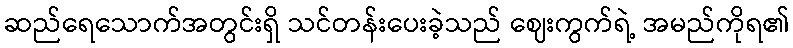
ဆည်ရေသောက်အတွင်းရှိ သင်တန်းပေးခဲ့သည် ဈေးကွက်ရဲ့ အမည်ကိုရ၏